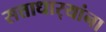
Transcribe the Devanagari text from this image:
सत्ताधार्‍यांना